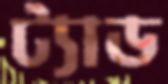
ট্যাড